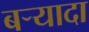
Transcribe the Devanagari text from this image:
बर्‍यादा